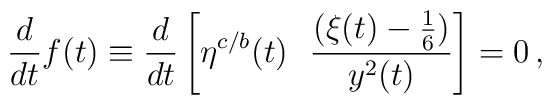
{\frac{d}{dt}} f(t)\equiv {\frac{d}{dt}}\left[ \eta^{c/b} (t) ~~{\frac{(\xi (t)-{\frac{1}{6}})}{y^2 (t)}} \right]=0\, ,